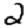
Digit: 2